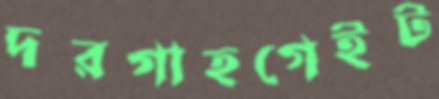
দরগাহগেইট